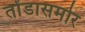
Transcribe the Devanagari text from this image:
तोंडासमोर